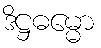
ဒိဋ္ဌဓမ္မော